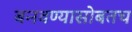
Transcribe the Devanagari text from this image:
बनवण्यासोबतच